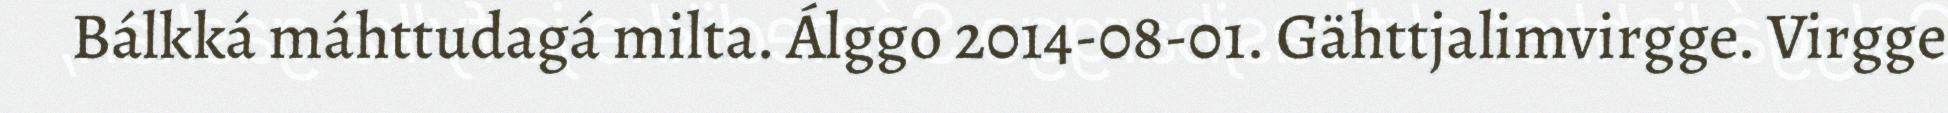
Bálkká máhttudagá milta. Álggo 2014-08-01. Gähttjalimvirgge. Virgge